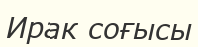
Ирак соғысы